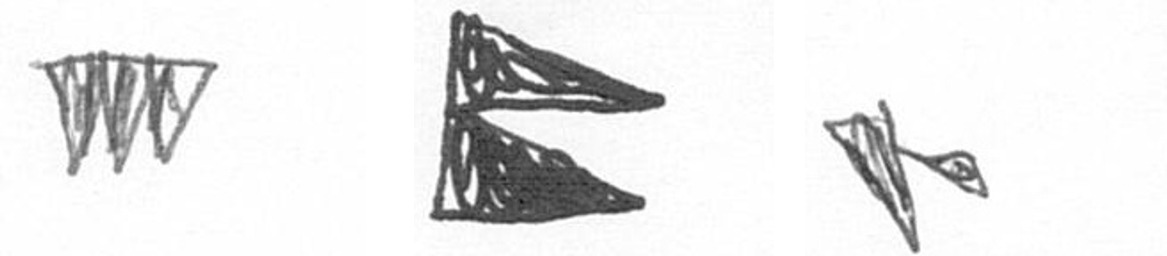
L P F